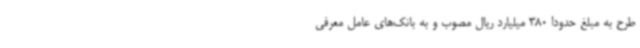
طرح به مبلغ حدوداً 380 میلیارد ریال مصوب و به بانک‌های عامل معرفی